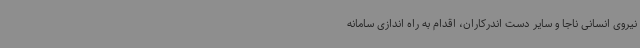
نیروی انسانی ناجا و سایر دست اندرکاران، اقدام به راه اندازی سامانه